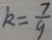
k = \frac { 7 } { 9 }